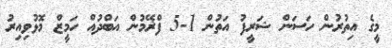
މީގެ އިތުރުން ހަސަން ޝަރީފު އަތުން 1-5 ފްޜޭމުން އަބްދުއް ހަމީޒް މޮޅުވިއިރު